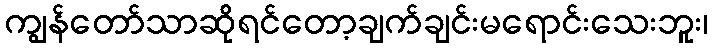
ကျွန်တော်သာဆိုရင်တော့ချက်ချင်းမရောင်းသေးဘူး၊